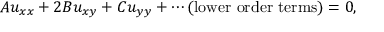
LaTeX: A u _ { x x } + 2 B u _ { x y } + C u _ { y y } + \cdots { \mathrm { ( l o w e r ~ o r d e r ~ t e r m s ) } } = 0 ,